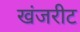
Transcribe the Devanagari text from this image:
खंजरीट